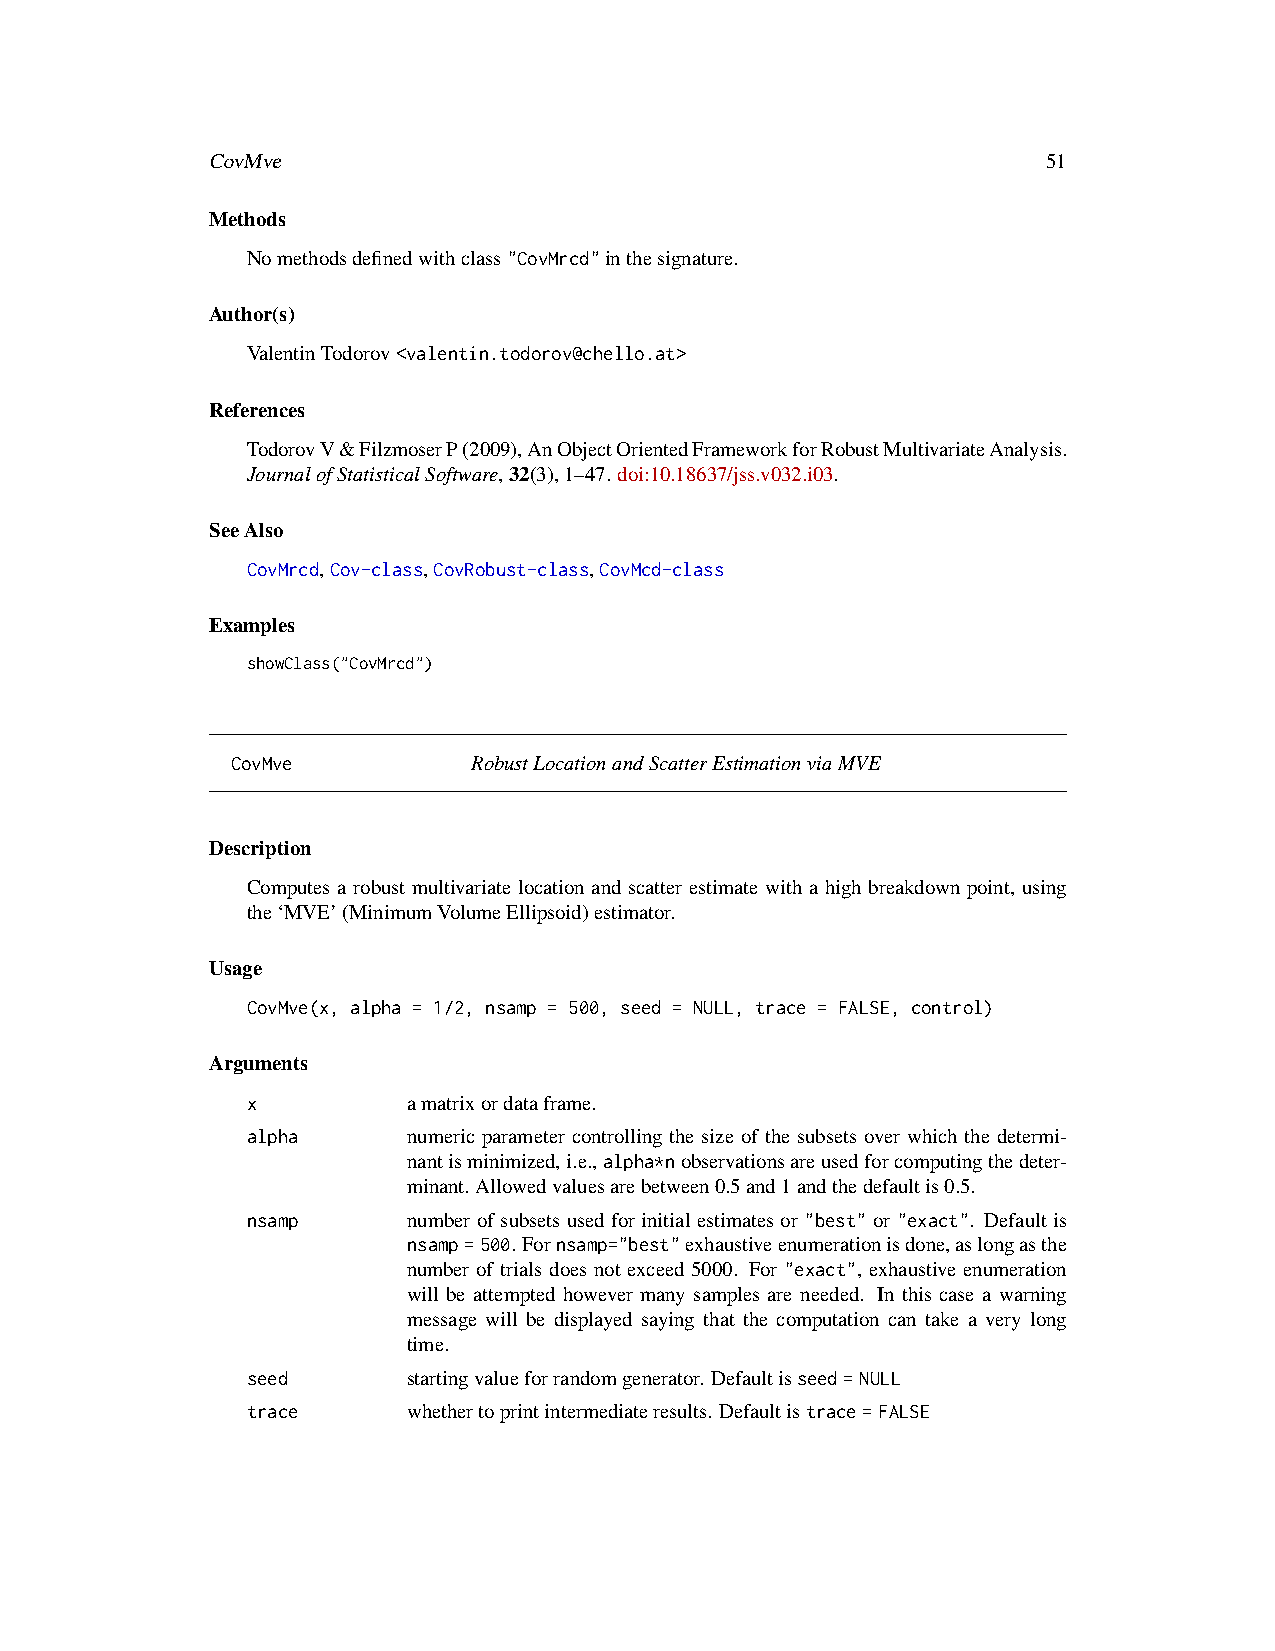
CovMve                                                 51
 Methods
 Nomethodsdefinedwithclass"CovMrcd"inthesignature.
 Author(s)
 ValentinTodorov<valentin.todorov@chello.at>
 References
 TodorovV&FilzmoserP(2009),AnObjectOrientedFrameworkforRobustMultivariateAnalysis.
 JournalofStatisticalSoftware,32(3),1–47. doi:10.18637/jss.v032.i03.
 SeeAlso
 CovMrcd,Cov-class,CovRobust-class,CovMcd-class
 Examples
 showClass("CovMrcd")
 CovMve          RobustLocationandScatterEstimationviaMVE
 Description
 Computes a robust multivariate location and scatter estimate with a high breakdown point, using
 the‘MVE’(MinimumVolumeEllipsoid)estimator.
 Usage
 CovMve(x, alpha = 1/2, nsamp = 500, seed = NULL, trace = FALSE, control)
 Arguments
 x          amatrixordataframe.
 alpha      numeric parameter controlling the size of the subsets over which the determi-
 nantisminimized,i.e.,alpha*nobservationsareusedforcomputingthedeter-
 minant. Allowedvaluesarebetween0.5and1andthedefaultis0.5.
 nsamp      number of subsets used for initial estimates or "best" or "exact". Default is
 nsamp=500. Fornsamp="best"exhaustiveenumerationisdone,aslongasthe
 number of trials does not exceed 5000. For "exact", exhaustive enumeration
 will be attempted however many samples are needed. In this case a warning
 message will be displayed saying that the computation can take a very long
 time.
 seed       startingvalueforrandomgenerator. Defaultisseed=NULL
 trace      whethertoprintintermediateresults. Defaultistrace=FALSE